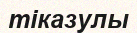
тіказулы